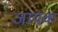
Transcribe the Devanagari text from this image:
जायक